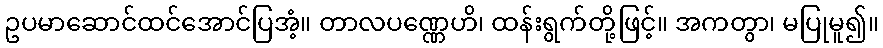
ဥပမာဆောင်ထင်အောင်ပြအံ့။ တာလပဏ္ဏေဟိ၊ ထန်းရွက်တို့ဖြင့်။ အကတွာ၊ မပြုမူ၍။